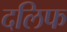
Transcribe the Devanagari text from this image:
दलिफ